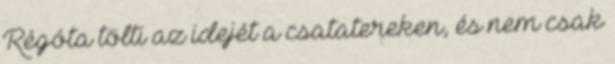
Régóta tölti az idejét a csatatereken, és nem csak